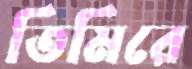
তিমিরে